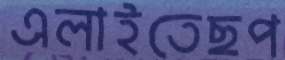
এলাইতেছপ